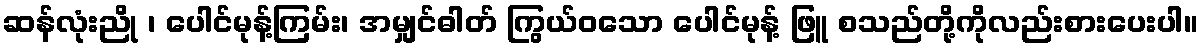
ဆန်လုံးညို ၊ ပေါင်မုန့်ကြမ်း၊ အမျှင်ဓါတ် ကြွယ်ဝသော ပေါင်မုန့် ဖြူ စသည်တို့ကိုလည်းစားပေးပါ။